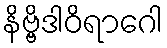
နိဗ္ဗိဒါဝိရာဂေါ